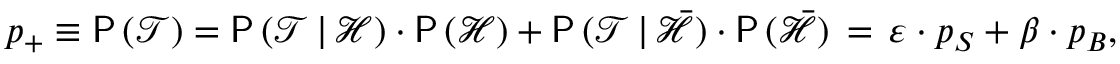
p _ { + } \equiv \mathsf { P } \, ( \mathcal { T } ) = \mathsf { P } \, ( \mathcal { T } \, | \, \mathcal { H } ) \cdot \mathsf { P } \, ( \mathcal { H } ) + \mathsf { P } \, ( \mathcal { T } \, | \, \bar { \mathcal { H } } ) \cdot \mathsf { P } \, ( \bar { \mathcal { H } } ) \, = \, \varepsilon \cdot p _ { S } + \beta \cdot p _ { B } ,